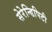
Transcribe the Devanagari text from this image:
सेरेन्डिपिटी